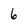
Character: 6